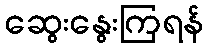
ဆွေးနွေးကြရန်